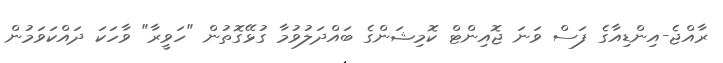
ރާއްޖެ-އިންޑިއާގެ ފަސް ވަނަ ޖޮއިންޓް ކޮމިޝަންގެ ބައްދަލުވުމާ ގުޅޭގޮތުން "ހަވީރާ" ވާހަކަ ދައްކަވަމުން